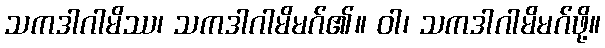
သကဒါဂါမိဿ၊ သကဒါဂါမိမဂ်၏။ ဝါ၊ သကဒါဂါမိမဂ်ဖို့။